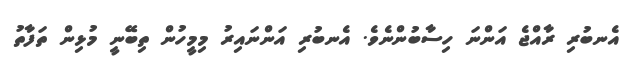
އެނބުރި ރާއްޖެ އަންނަ ހިސާބުންނެވެ. އެނބުރި އަންނައިރު މިމީހުން ތިބޭނީ މުޅިން ތަފާތު